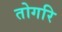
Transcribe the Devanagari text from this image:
तोगरि